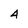
Character: 4